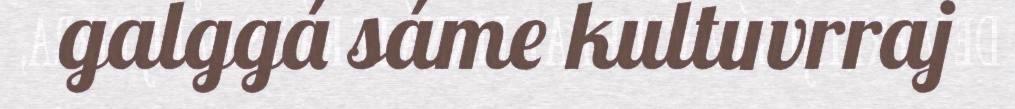
galggá sáme kultuvrraj